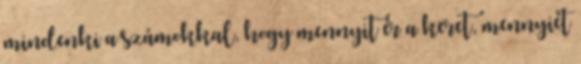
mindenki a számokkal, hogy mennyit ér a keret, mennyiét